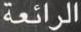
الرائعة